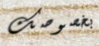
بخصوصك